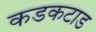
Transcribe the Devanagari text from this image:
कडकटाड